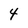
Character: 4